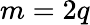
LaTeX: m=2q